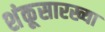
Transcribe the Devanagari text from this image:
शंकूसारख्या